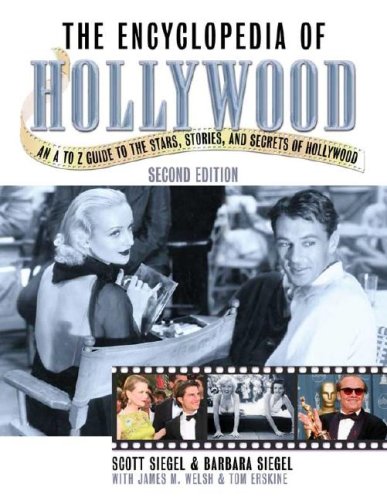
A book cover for The Encyclopedia of Hollywood, Second Edition; Scott Siegel; Humor & Entertainment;